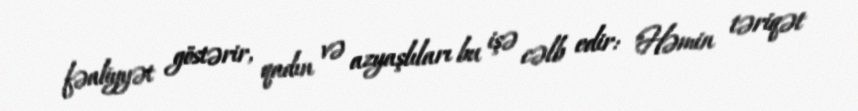
fəaliyyət göstərir, qadın və azyaşlıları bu işə cəlb edir: "Həmin təriqət